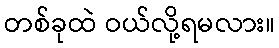
တစ်ခုထဲ ဝယ်လို့ရမလား။